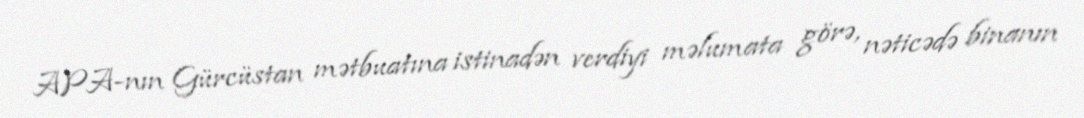
APA-nın Gürcüstan mətbuatına istinadən verdiyi məlumata görə, nəticədə binanın